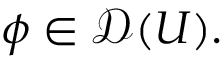
\phi \in { \mathcal { D } } ( U ) .